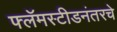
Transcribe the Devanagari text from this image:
फ्लॅमस्टीडनंतरचे